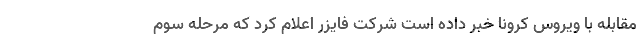
مقابله با ویروس کرونا خبر داده است شرکت فایزر اعلام کرد که مرحله سوم